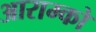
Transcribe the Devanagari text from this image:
आराम्को